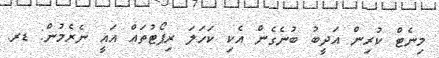
މިނެޓް ކުރިން އަދީބު ބުނެގެން އެކި ކަހަލަ ރިޕޯޓުތައް އައީ ނެރެމުން: ޑރ.